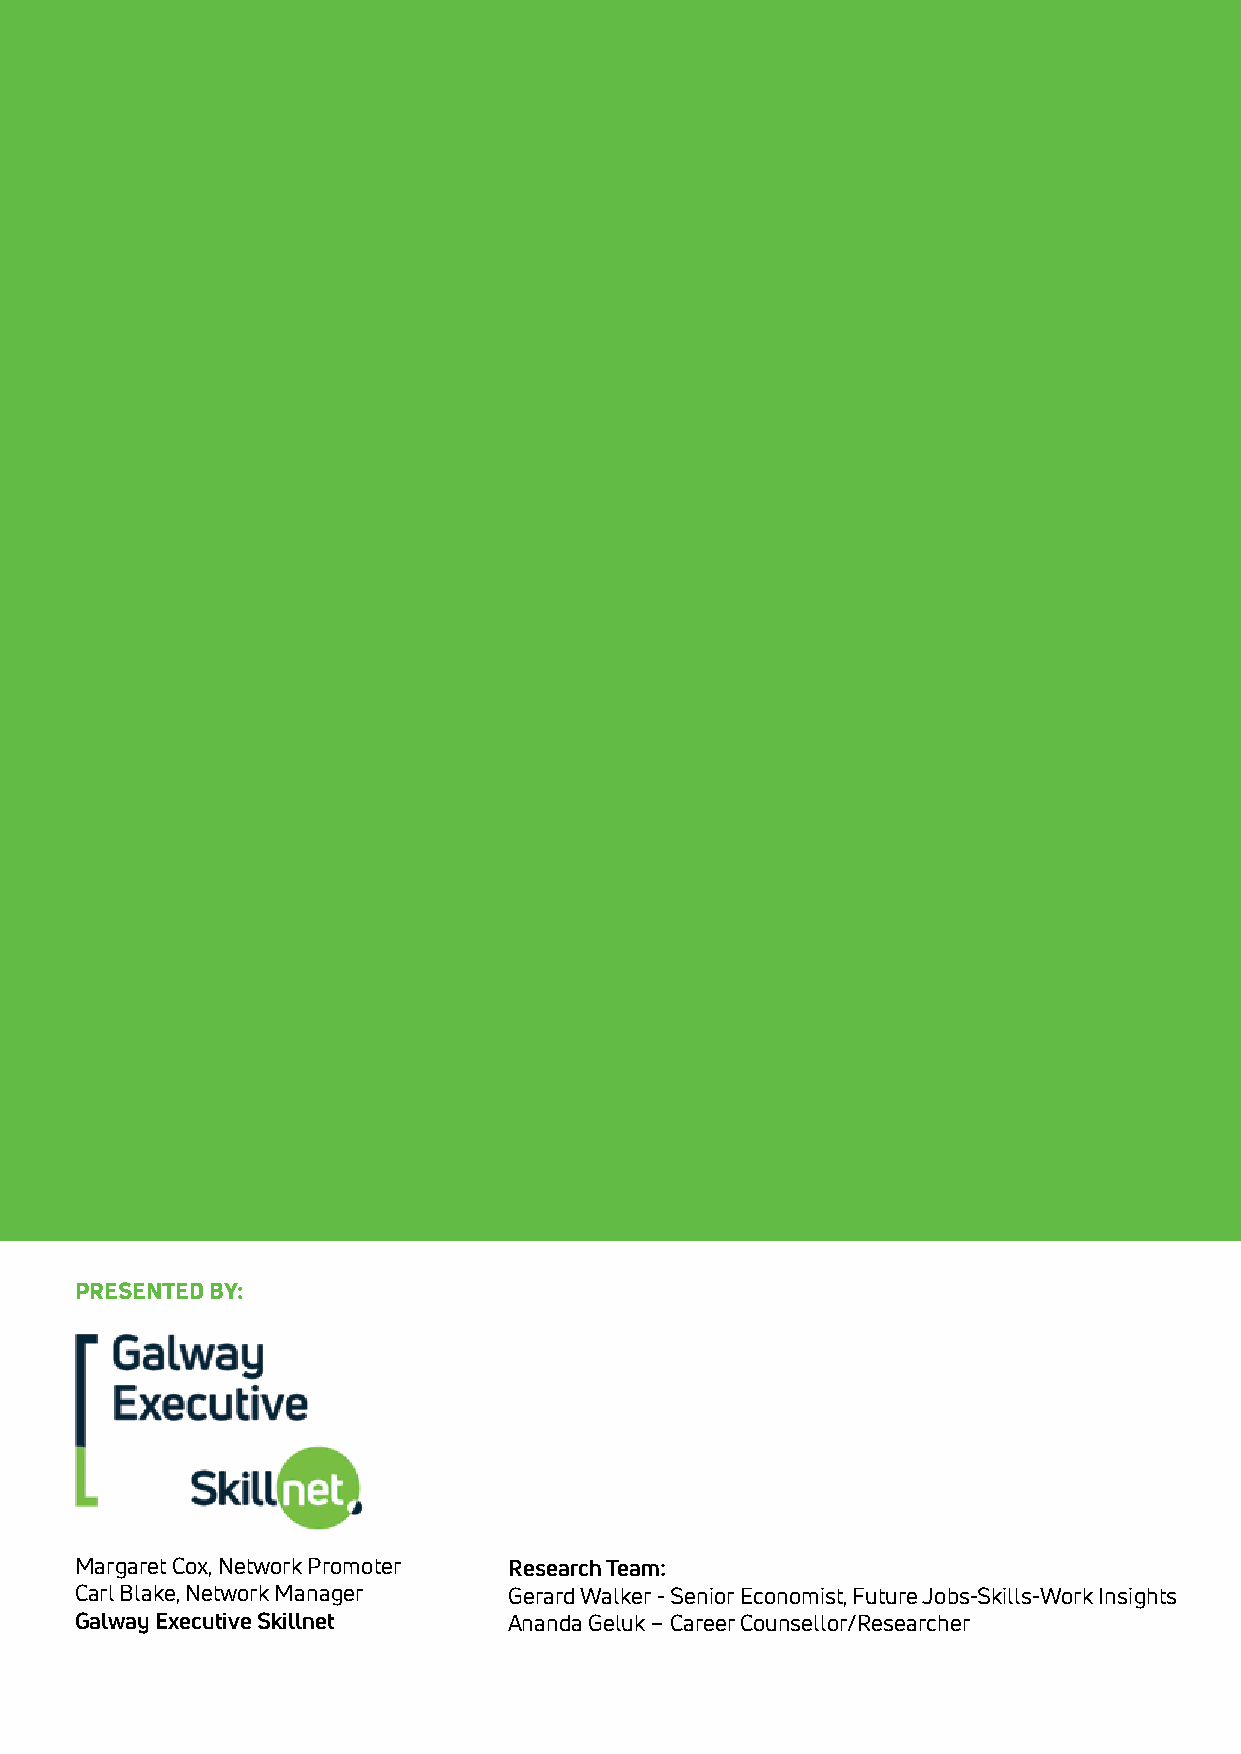
PRESENTED BY:
 Margaret Cox, Network Promoter Research Team:
 Carl Blake, Network Manager  Gerard Walker - Senior Economist, Future Jobs-Skills-Work Insights
 Galway Executive Skillnet    Ananda Geluk – Career Counsellor/Researcher